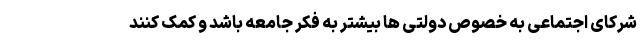
شرکای اجتماعی به خصوص دولتی ها بیشتر به فکر جامعه باشد و کمک کنند